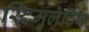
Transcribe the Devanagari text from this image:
स्टिमुलेटिंग